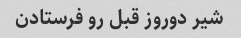
شیر دوروز قبل رو فرستادن